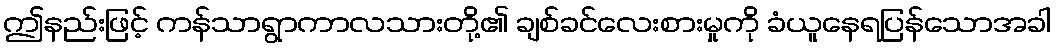
ဤနည်းဖြင့် ကန်သာရွာကာလသားတို့၏ ချစ်ခင်လေးစားမှုကို ခံယူနေရပြန်သောအခါ